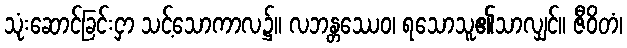
သုံးဆောင်ခြင်းငှာ သင့်သောကာလ၌။ လဘန္တဿေဝ၊ ရသောသူ၏သာလျှင်။ ဇီဝိတံ၊